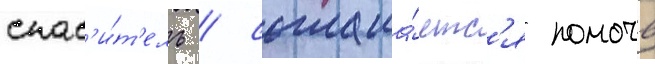
спас'и́т'ель / соглаша́етс'я помочь